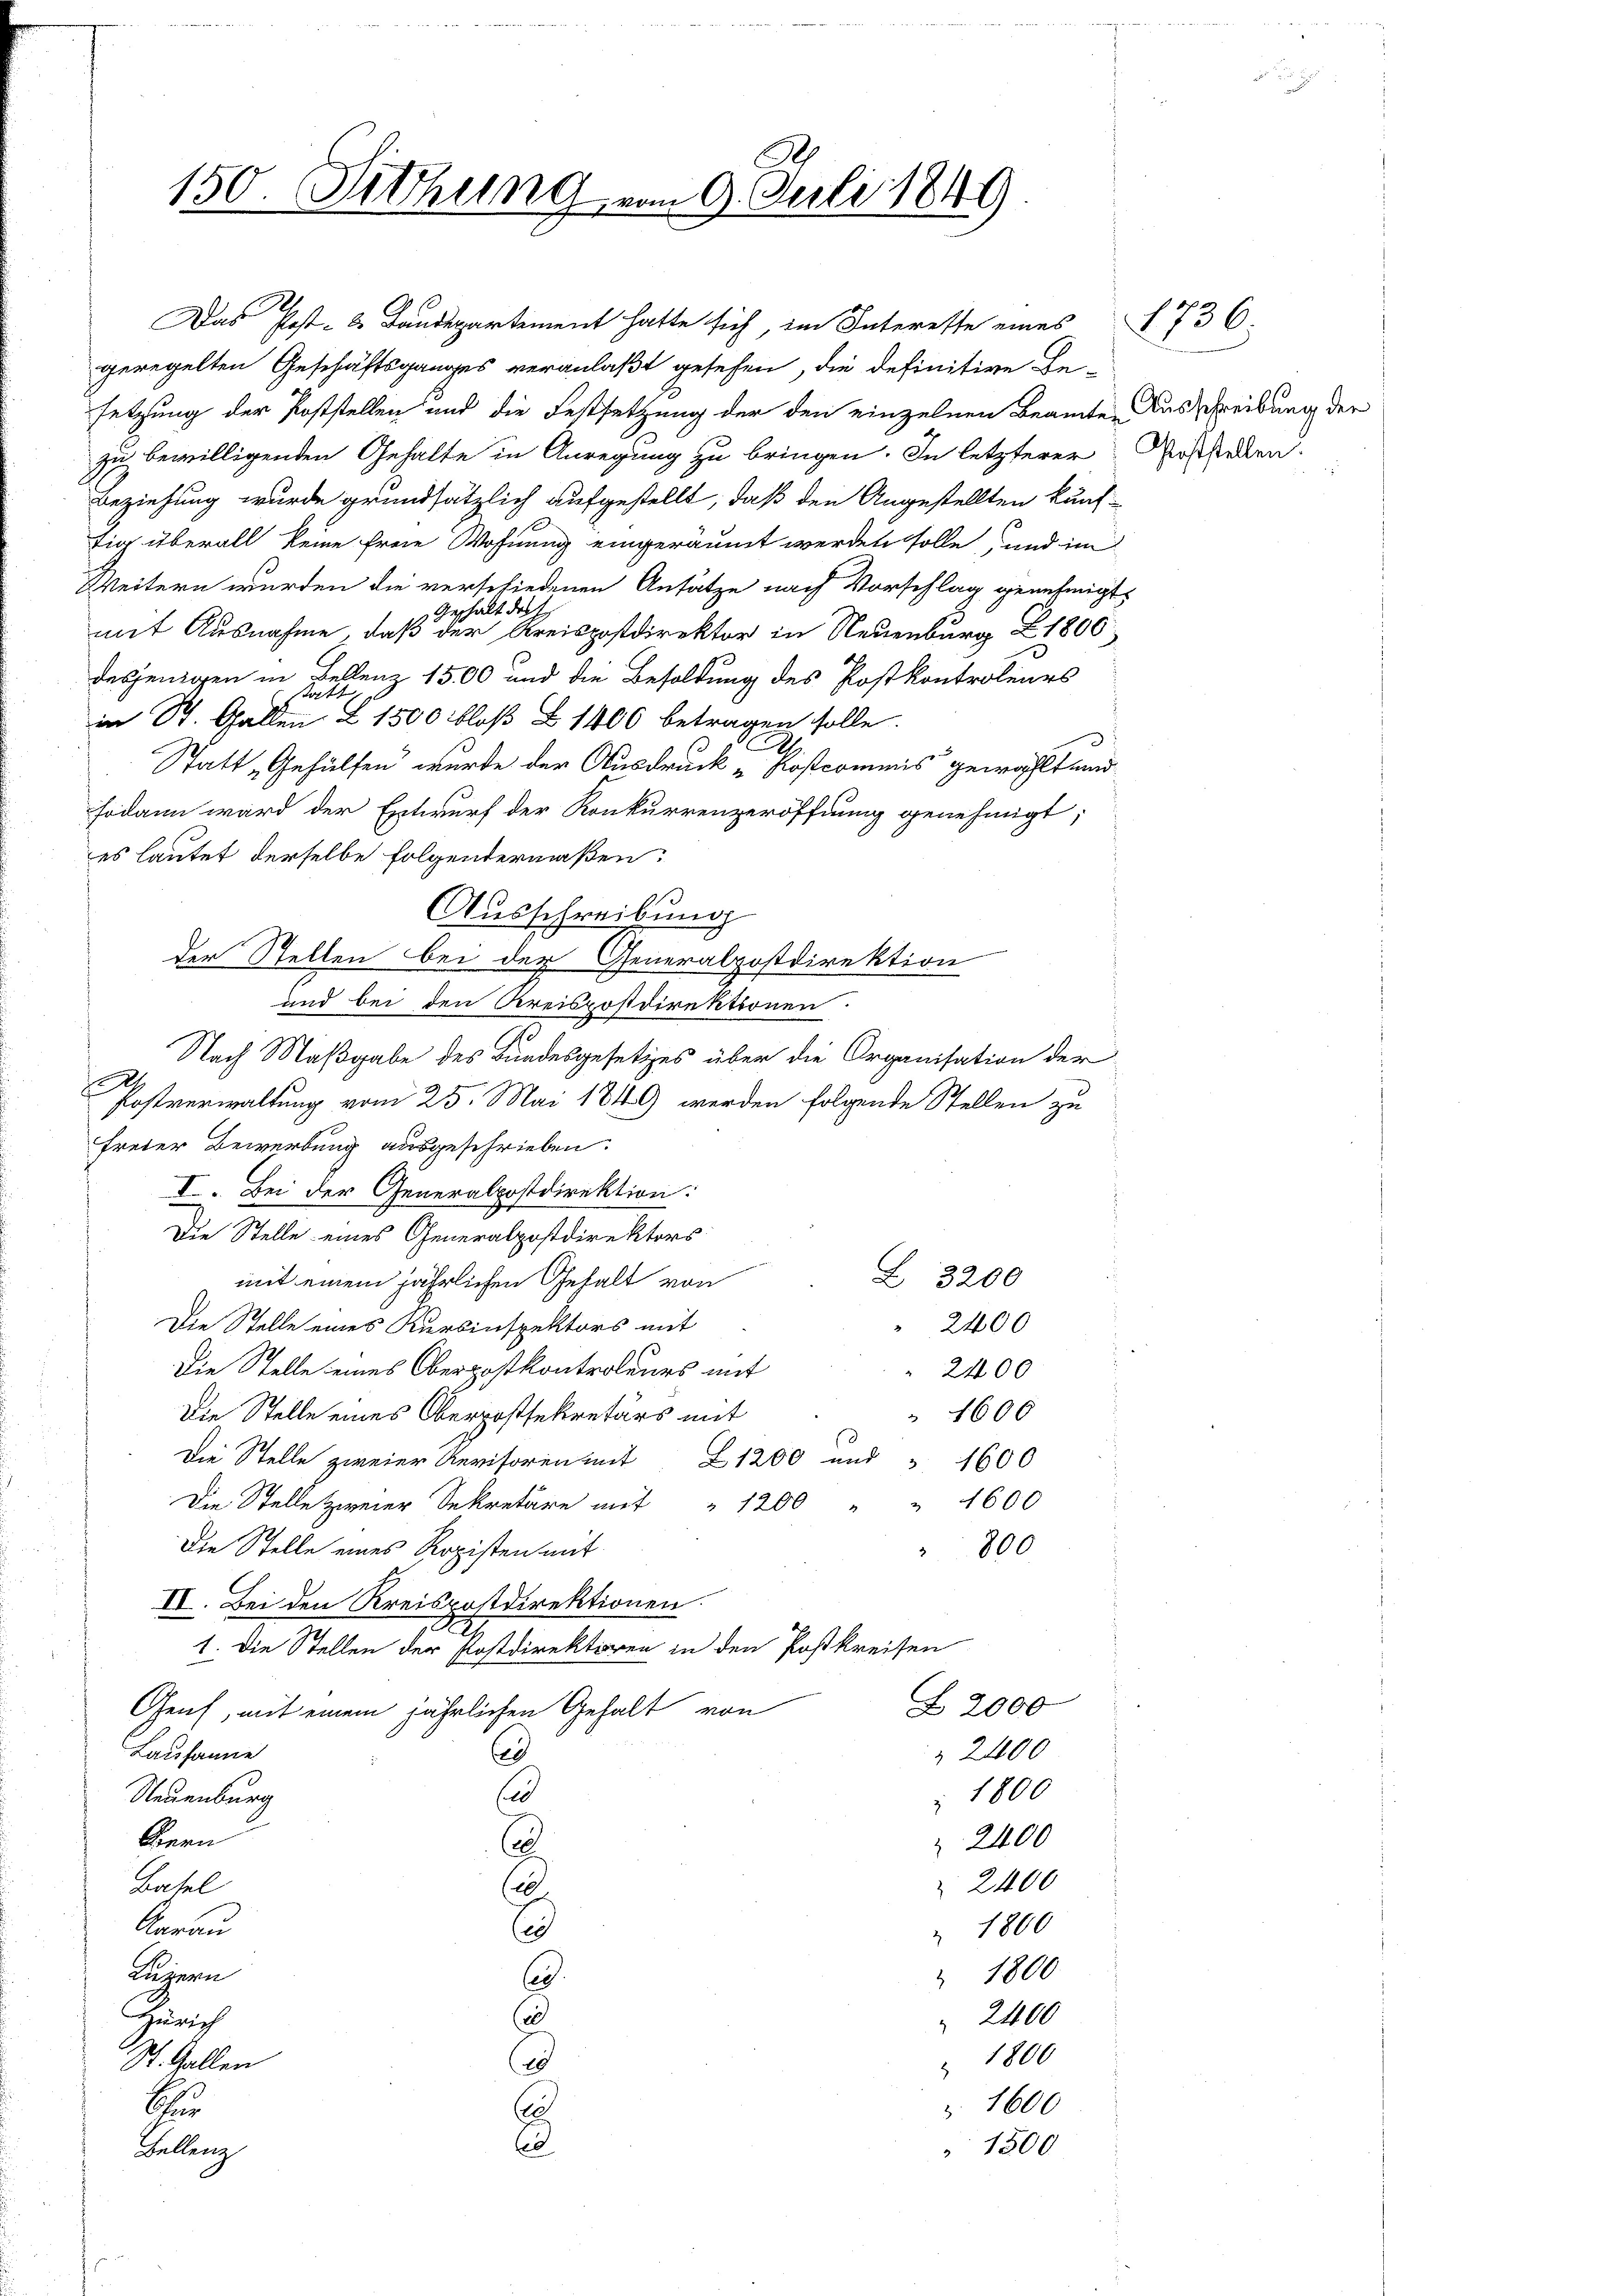
setzung der Poststellen und die Festsetzung der den einzelnen Beamten Ausschreibung der
zu bewilligenden Gehalte in Anregung zu bringen. In letzterer
Beziehung wurde grundsätzlich aufgestellt, daß den Angestellten künf
tig überall keine freie Wohnung eingeräumt werden solle, und im
Weitern wurden die verschiedenen Ansätze nach Vorschlag genehmigt.
Geschält der
mit Ausnahme, daß der Kreispostdirektor in Neuenburg Z 1800
desjenigen in Fehlenz 1500 und die Besoldung des Postkontroleurs
in St. Gallen Z 1500 bloß Z 1400 betragen solle.
2
Statt „Gehülfen wurde der Ausdruck „Rostcommis gewählt und
sodann ward der Entwurf der Konkurrenzeröffnung genehmigt;
es lautet derselbe folgendermaßen:
Ausschreibung
der Stellen bei der Generalpostdirektion
und bei den Kreispostdirektionen.
E
Nach Maßgabe des Bundesgesetzes über die Organisation der
.
Postverwaltung vom 25. Mai 1849 werden folgende Stellen zu
freier Bewerbung ausgeschrieben.
I. Bei der Generalpostdirektion:
Die Stelle eines Generalpostdirektors
Z 3200
mit einem jährlichen Gehalt von
Die Stelle eines Kursinspektors mit
2400
Die Stelle eines Oberpostkontroleurs mit
2400
Die Stelle eines Oberpostsekretärs mit
" 1606
Die Stelle zweier Revisoren mit 1200 und " 1600
Die Stelle zweier Sekretär mit " 1200 " " 1600
Die Stelle eines Ropisten mit
800
IV. Bei den Kreispostdirektionen.
1. Die Stellen der Postdirektioren in den Postkreisen
Z 2000
Genf, mit einem jährlichen Gehalt von
Lausanne
2400
d
s
1800
Neuenburg
Bern
2400
.
2400
Basel
A
Aarau
1800
(e
Luzern
1800
.
Zürich
i
2400
1800
St. Gallen
d
 1600
u
d
3
1500
Stellung

150. Sitzung vom 9. Juli 1849

Das Post- & Landepartement hatte sich, im Interesse eines 736.
geregelten Geschäftsganges veranlaßt gesehen, die definitive Ge-

Poststellen.